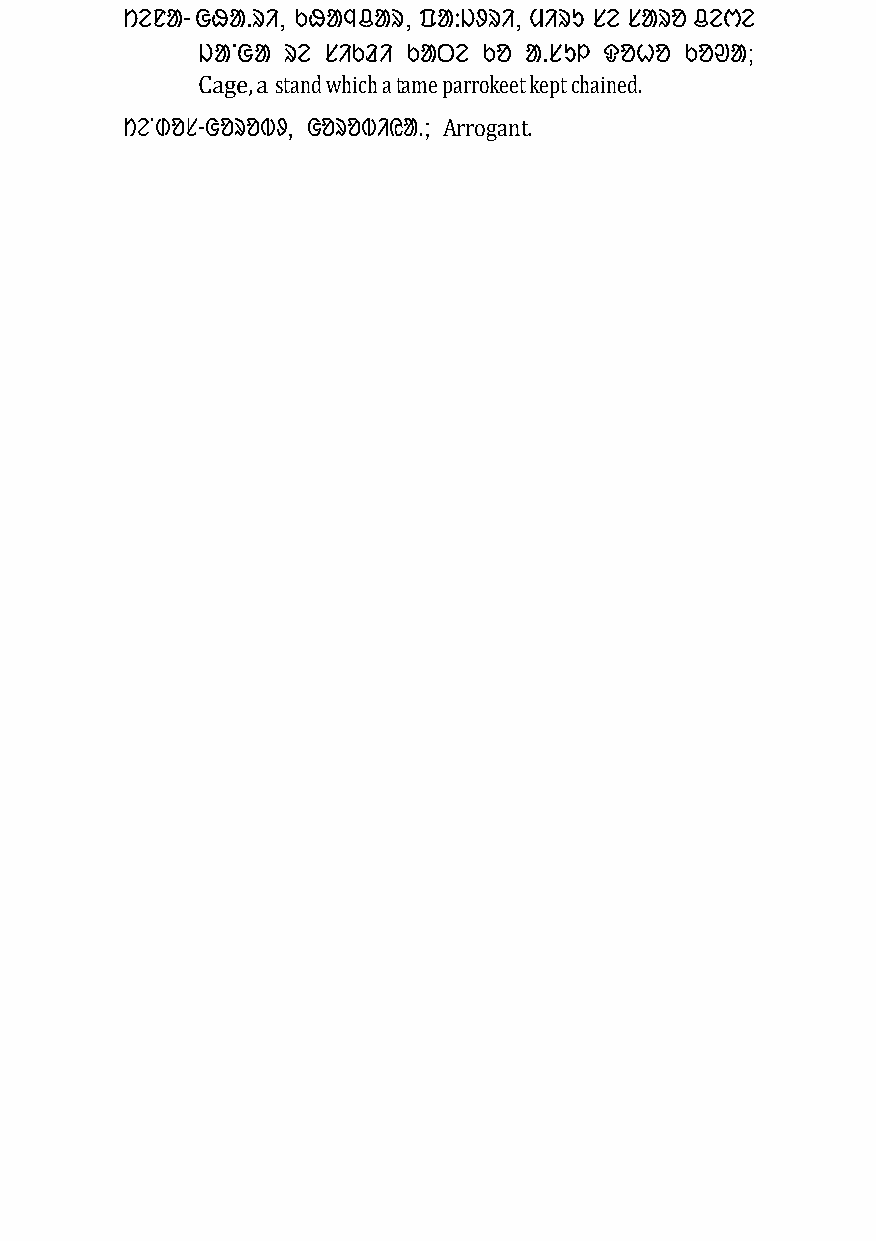
ᱴᱮᱱᱟ- ᱜᱷᱟᱹᱨᱤ, ᱠᱷᱟᱧᱪᱟᱨ, ᱯᱟᱺᱡᱽᱨᱤ, ᱢᱤᱨᱩ ᱥᱮ ᱥᱟᱨᱚ ᱪᱮᱬᱮ
 ᱡᱟᱸᱜᱟ ᱨᱮ ᱥᱤᱠᱲᱤ ᱠᱟᱛᱮ ᱠᱚ ᱟᱹᱥᱩᱞ ᱫᱚᱦᱚ ᱠᱚᱣᱟ;
 Cage, a stand which a tame parrokeet kept chained.
 ᱴᱮᱸᱰᱚᱥ-ᱜᱚᱨᱚᱵᱽ, ᱜᱚᱨᱚᱵᱤᱭᱟᱹ; Arrogant.